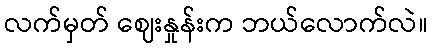
လက်မှတ် ဈေးနှုန်းက ဘယ်လောက်လဲ။